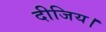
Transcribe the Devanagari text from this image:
दीजिय।